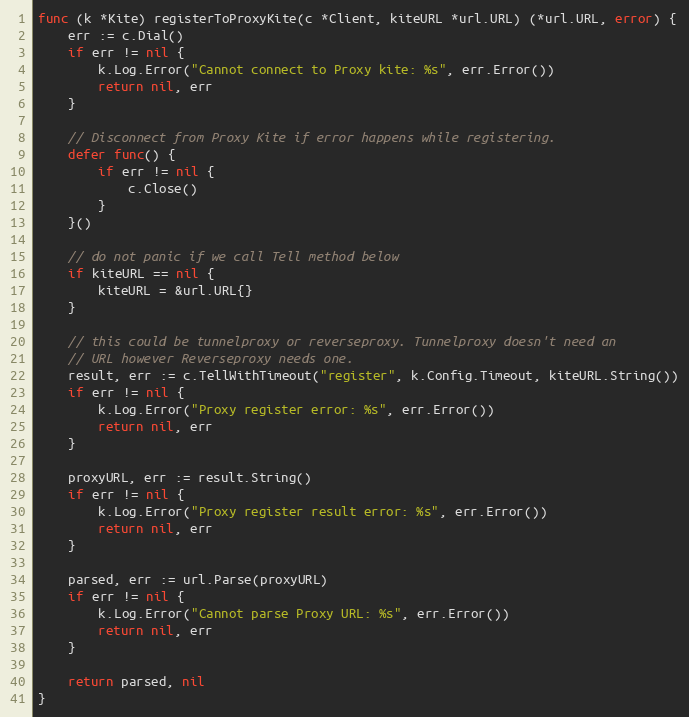
Language: Go
func (k *Kite) registerToProxyKite(c *Client, kiteURL *url.URL) (*url.URL, error) {
	err := c.Dial()
	if err != nil {
		k.Log.Error("Cannot connect to Proxy kite: %s", err.Error())
		return nil, err
	}

	// Disconnect from Proxy Kite if error happens while registering.
	defer func() {
		if err != nil {
			c.Close()
		}
	}()

	// do not panic if we call Tell method below
	if kiteURL == nil {
		kiteURL = &url.URL{}
	}

	// this could be tunnelproxy or reverseproxy. Tunnelproxy doesn't need an
	// URL however Reverseproxy needs one.
	result, err := c.TellWithTimeout("register", k.Config.Timeout, kiteURL.String())
	if err != nil {
		k.Log.Error("Proxy register error: %s", err.Error())
		return nil, err
	}

	proxyURL, err := result.String()
	if err != nil {
		k.Log.Error("Proxy register result error: %s", err.Error())
		return nil, err
	}

	parsed, err := url.Parse(proxyURL)
	if err != nil {
		k.Log.Error("Cannot parse Proxy URL: %s", err.Error())
		return nil, err
	}

	return parsed, nil
}